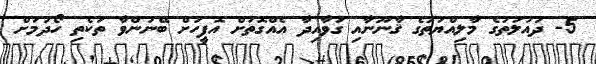
5- ދައުލަތުގެ މާލިއްޔަތުގެ ޤާނޫނާއި ގަވާއިދާ އެއްގޮތަށް އޮފީހަށް ބޭނުންވާ ތަކެތި ހޯދުމަށް